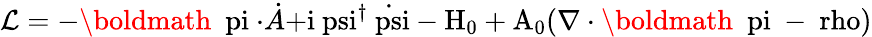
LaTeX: {\cal L}=-\mathrm{\boldmath~\ pi~}\mathbf\cdot\dot{A}\mathrm{+i\ psi^{\dagger}\dot{\ psi}-H_{0}+A_{0}(\nabla\cdot\mathrm{\boldmath~\ pi~}-\ rho)}